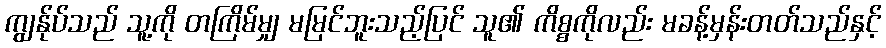
ကျွန်ုပ်သည် သူ့ကို တကြိမ်မျှ မမြင်ဘူးသည့်ပြင် သူ၏ ကိစ္စကိုလည်း မခန့်မှန်းတတ်သည်နှင့်